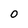
Character: 0